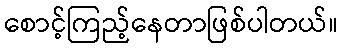
စောင့်ကြည့်နေတာဖြစ်ပါတယ်။